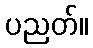
ပညတ်။